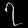
Digit: ၇